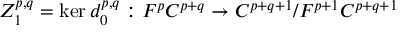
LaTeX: Z _ { 1 } ^ { p , q } = \ker d _ { 0 } ^ { p , q } : F ^ { p } C ^ { p + q } \rightarrow C ^ { p + q + 1 } / F ^ { p + 1 } C ^ { p + q + 1 }